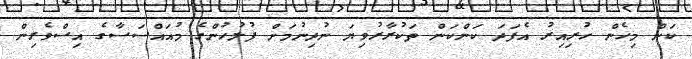
ކަން މިހެން ހުރިއިރު އެފަދަ ކަންކަން ތަކުރާރުވިޔަ ނުދިނުމަށް ފުލުހުންގެ މުއައްސަސާގެ އިސްވެރިން